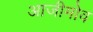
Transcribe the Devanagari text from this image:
आजीमोव